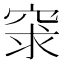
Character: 𥥽